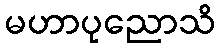
မဟာပုညောသိ